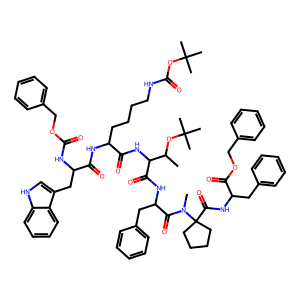
SMILES: CC(OC(C)(C)C)C(NC(=O)C(CCCCNC(=O)OC(C)(C)C)NC(=O)C(Cc1c[nH]c2ccccc12)NC(=O)OCc1ccccc1)C(=O)NC(Cc1ccccc1)C(=O)N(C)C1(C(=O)NC(Cc2ccccc2)C(=O)OCc2ccccc2)CCCC1
Inhibits HIV replication: No